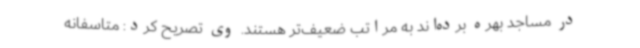
در مساجد بهره برده‌اند به مراتب ضعیف‌تر هستند. وی تصریح کرد: متاسفانه